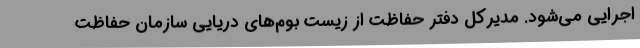
اجرایی می‌شود. مدیرکل دفتر حفاظت از زیست بوم‌های دریایی سازمان حفاظت